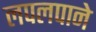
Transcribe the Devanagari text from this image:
लपलपाने